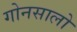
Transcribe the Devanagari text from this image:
गोनसालो